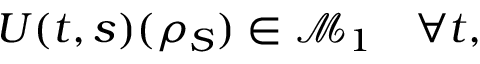
U ( t , s ) ( { \rho } _ { S } ) \in \mathcal { M } _ { 1 } \quad \forall t ,